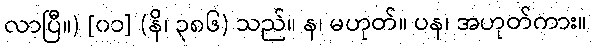
လာပြီ။) [၀၁] (နိ၊ ၃၈၆) သည်။ န၊ မဟုတ်။ ပန၊ အဟုတ်ကား။